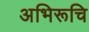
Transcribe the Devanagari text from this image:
अभिरूचि